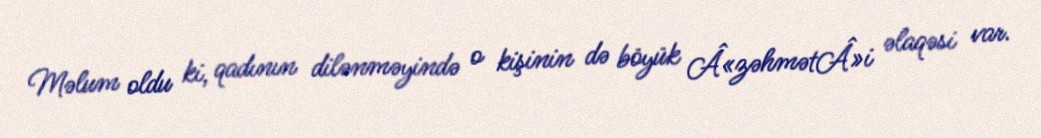
Məlum oldu ki, qadının dilənməyində o kişinin də böyük Â«zəhmətÂ»i əlaqəsi var.